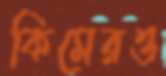
কিমেরও